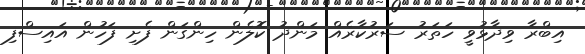
އިބްރާ ވިދާޅުވީ ހަަތަރު ސަރުކާރެއް މަންދު ކޮލެން ހިންގަން ފެށި ފަހުން އައިސްފި